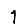
Digit: 1